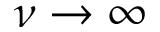
\nu \to \infty